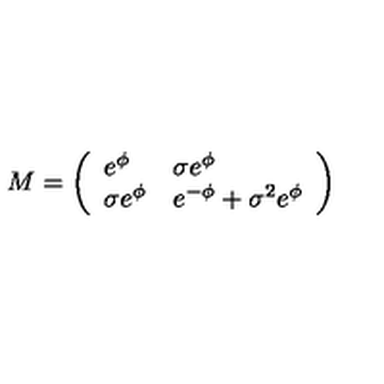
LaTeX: M = \left( \begin{array} { l l } { e ^ { \phi } } & { \sigma e ^ { \phi } } \\ { \sigma e ^ { \phi } } & { e ^ { - \phi } + \sigma ^ { 2 } e ^ { \phi } } \\ \end{array} \right)